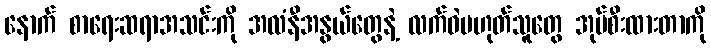
နောက် စာရေးဆရာအသင်းကို အလံနီအနွယ်တွေနဲ့ လက်ဝဲမဟုတ်သူတွေ အုပ်စီးထားတာကို